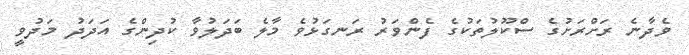
ވެދާނެ ރަށްރަށުގެ ސްކޫލުތަކުގެ ފެންވަރު ރަނގަޅުވެ މާލެ ބަދަލުވާ ކުދިންގެ އަދަދު މަދުވީ